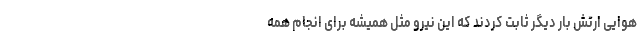
هوایی ارتش بار دیگر ثابت کردند که این نیرو مثل همیشه برای انجام همه‌